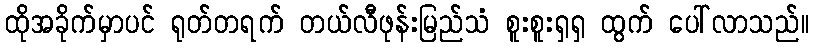
ထိုအခိုက်မှာပင် ရုတ်တရက် တယ်လီဖုန်းမြည်သံ စူးစူးရှရှ ထွက် ပေါ်လာသည်။